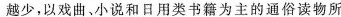
越少，以戏曲、小说和日用类书籍为主的通俗读物所